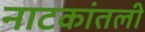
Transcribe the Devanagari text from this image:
नाटकांतली